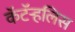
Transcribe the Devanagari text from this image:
कॅटॅर्‍हलिस